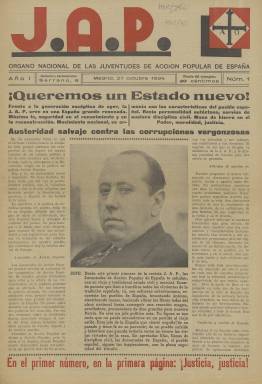
Título: J.A.P. (Madrid)
Otros títulos: JAP
Colección: Política || Conservadurismo
Ámbito geográfico: Madrid
Lugar de publicación: Madrid
Fechas: 27/10/1934-16/11/1935

Faltan los números 12-14, 19, 21, 25 y 30-38. Entre los números 18 y 20 de la colección original se encuentra una serie de páginas correspondientes a ejemplares que no se pueden identificar: agrupamos estas páginas en un archivo independiente con fecha 1935.

----------------------------------------

Órgano de las Juventudes de Acción Popular, la rama juvenil del partido de Acción Popular y luego de la Confederación Española de Derechas Autónomas (CEDA), cuyo líder era José María Gil-Robles, quien era llamado el Jefe. Aunque la JAP tenía sus propios dirigentes la autoridad de Gil-Robles era indiscutible y el lema de la organización era ‘Todo el poder para el Jefe’. Se puede ver una fotografía suya en la portada del primer número.

    La JAP se había fundado en 1933 pero el periódico con el mismo nombre no apareció hasta octubre de 1934, una vez derrotada la llamada Revolución de Asturias. Tuvo primero una periodicidad quincenal y luego semanal, y constaba al principio de 12 páginas y después de ocho. Aparte de su cabecera en color rojo, insertaba titulares y sumarios también en rojo, lo que le daba mayor atractivo y claridad.

   El contenido de la publicación, en unos años tan convulsos en la Historia de España, era casi exclusivamente político, aunque alguna página podía ser dedicada a los deportes. Es corriente ver en sus portadas y páginas interiores fotografías de las grandes concentraciones protagonizadas por los miembros de las Juventudes de Acción Popular, en lugares como El Escorial, Covadonga, Medina del Campo o Uclés, lugares con raigambre de la España imperial que el partido gustaba de rememorar. De hecho, es posible leer en sus números la mención a la reina Isabel la Católica o al cardenal Cisneros, de acuerdo con el tradicionalismo cristiano de la organización.

  Aunque su ideario era autoritario, la JAP intentaba diferenciarse de la también recién fundada Falange de José Antonio Primo de Rivera, a la que achacaba su carácter fascista a imitación del fascismo italiano de Mussolini. En su primer número se puede ver una imagen de su saludo, que no era el del brazo derecho en alto con la mano extendida al estilo fascista sino con el brazo en alto pero doblado y la mano en el pecho. Para las organizaciones de izquierda, sin embargo, no había diferencia entre ambas.

   Como testimonio de los dramáticos años que se vivían en España, en los números del periódico se insertaba un cuadro con los nombres de los llamados mártires, las personas asesinadas o muertas en enfrentamientos con miembros de organizaciones de izquierda en diferentes lugares de España. Pero la JAP no fue solo víctima, también miembros de la organización protagonizaron actos violentos y muertes.

   Después de las elecciones de febrero de 1936, ante la victoria de los partidos de izquierda del Frente Popular, numerosos miembros de la JAP, defraudados con Gil-Robles, abandonaron la organización para unirse a la Falange a la que creían más capaz de ‘salvar a España’.

   La colección de la Biblioteca Nacional de España de esta publicación concluye con el número del 16 de noviembre de 1935. Se siguió publicando en 1936 pero cesó en vísperas de la Guerra Civil perseguida por el Gobierno del Frente Popular.

[Descripción publicada el 16/8/2022]